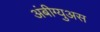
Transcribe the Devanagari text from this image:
अंबीग्युअस